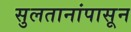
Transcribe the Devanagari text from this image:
सुलतानांपासून